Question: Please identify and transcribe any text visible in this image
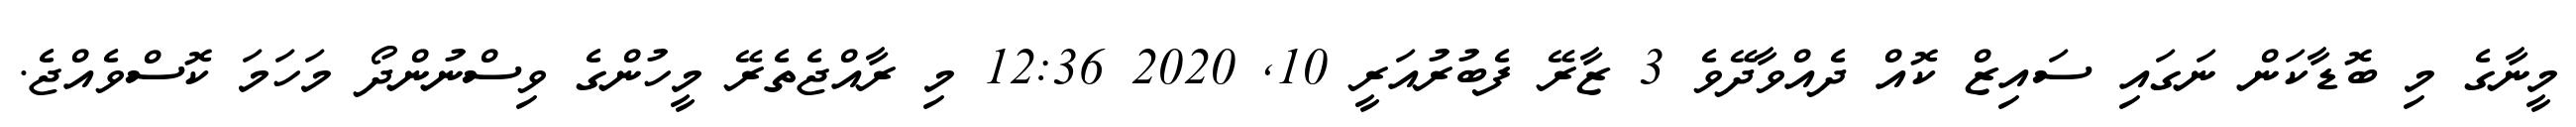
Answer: މީނާގެ މި ބޮޑާކަން ނަގައި ސައިޒް ކޮއް ދެއްވާދޭވެ 3 ޒާރޭ ފެބުރުއަރީ 10, 2020 12:36 މި ރާއްޖެތެރޭ މީހުންގެ ވިސްނުންދޯ މަހަމަ ކޮސްވެއްޖެ.